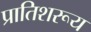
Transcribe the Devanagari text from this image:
प्रातिशरूय